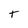
Character: T